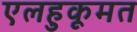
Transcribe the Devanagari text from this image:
एलहुकूमत